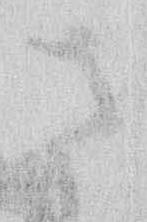
さ